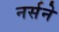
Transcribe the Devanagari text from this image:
नर्सने